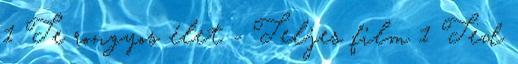
1 Te rongyos élet - Teljes film 1 Ted